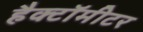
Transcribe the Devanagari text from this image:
हैक्टॉमीटर